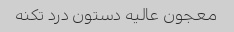
معجون عالیه دستون درد تکنه